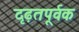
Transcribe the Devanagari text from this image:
दृढ़तपूर्वक